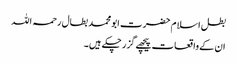
بطل اسلام حضرت ابو محمد بطال رحمہ اللہ​
ان کے واقعات پیچھے گزر چکے ہیں۔